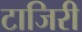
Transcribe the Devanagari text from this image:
टाजिरी